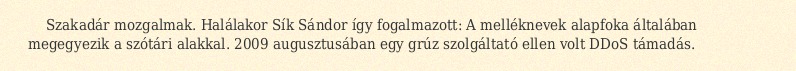
Szakadár mozgalmak. Halálakor Sík Sándor így fogalmazott: A melléknevek alapfoka általában megegyezik a szótári alakkal. 2009 augusztusában egy grúz szolgáltató ellen volt DDoS támadás.